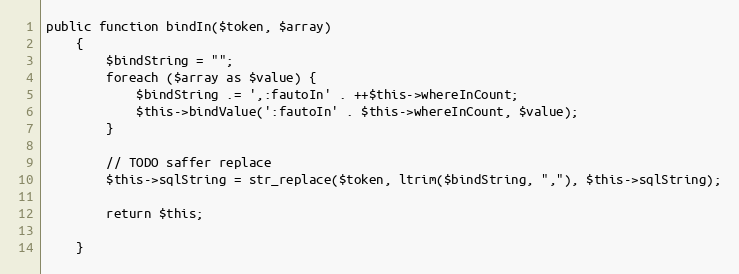
Language: PHP
public function bindIn($token, $array)
    {
        $bindString = "";
        foreach ($array as $value) {
            $bindString .= ',:fautoIn' . ++$this->whereInCount;
            $this->bindValue(':fautoIn' . $this->whereInCount, $value);
        }

        // TODO saffer replace
        $this->sqlString = str_replace($token, ltrim($bindString, ","), $this->sqlString);

        return $this;

    }